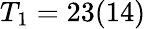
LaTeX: T_{1}=23(14)